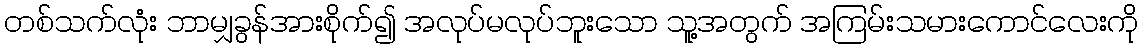
တစ်သက်လုံး ဘာမျှခွန်အားစိုက်၍ အလုပ်မလုပ်ဘူးသော သူ့အတွက် အကြမ်းသမားကောင်လေးကို